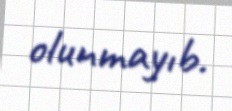
olunmayıb.